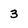
Character: 3